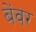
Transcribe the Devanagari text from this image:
बेंवर